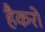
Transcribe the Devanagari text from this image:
हैकरो